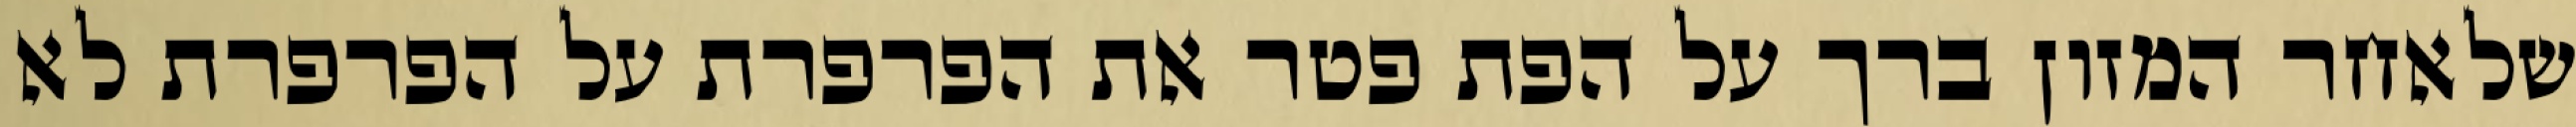
שלאחר המזון ברך על הפת פטר את הפרפרת על הפרפרת לא